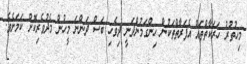
މިހުތުރު ހަރަކާތްތައް އެފަރާތްތަކުން ހިންގަމުންދަނީ ދިވެހި ބަސް ދަންނަ މީހުން މެދުވެރިކޮށް ކަމަށެވެ.